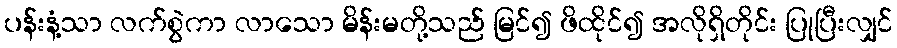
ပန်းနံ့သာ လက်စွဲကာ လာသော မိန်းမတို့သည် မြင်၍ ဖိထိုင်၍ အလိုရှိတိုင်း ပြုပြီးလျှင်